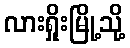
လားရှိုးမြို့သို့